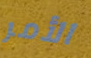
الأمر